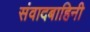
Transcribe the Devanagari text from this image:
संवादबाहिनी